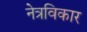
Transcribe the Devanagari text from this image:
नेत्रविकार